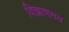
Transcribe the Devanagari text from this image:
विज्ञाणमय